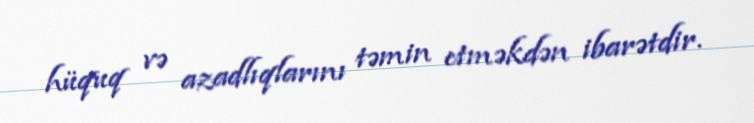
hüquq və azadlıqlarını təmin etməkdən ibarətdir.